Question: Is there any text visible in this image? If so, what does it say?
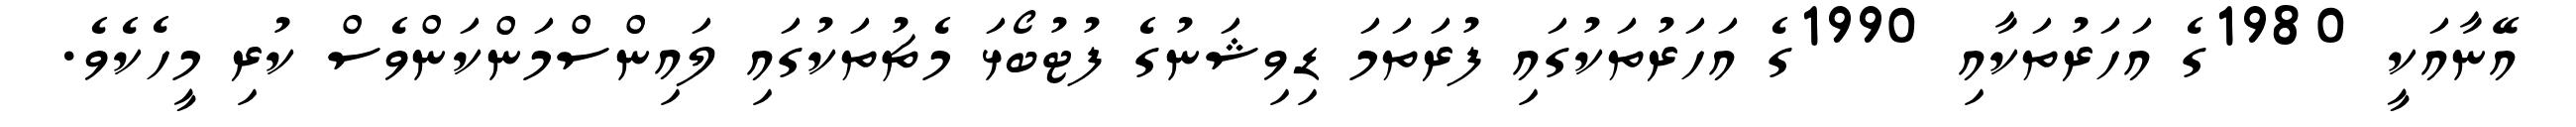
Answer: އޭނާއަކީ 1980ގެ އަހަރުތަކާއި 1990ގެ އަހަރުތަކުގައި ފުރަތަމަ ޑިވިޝަނުގެ ފުޓުބޯޅަ މެޗުތަކުގައި ލައިންސްމަންކަންވެސް ކުރި މީހެކެވެ.